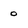
Character: o